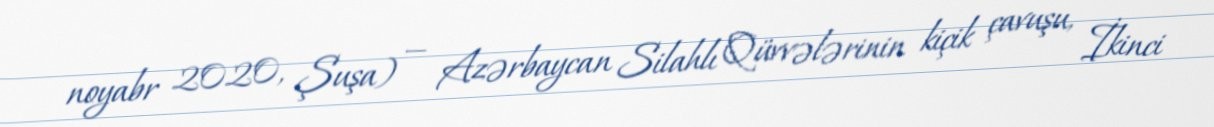
noyabr 2020, Şuşa) — Azərbaycan Silahlı Qüvvələrinin kiçik çavuşu, İkinci